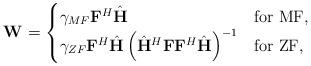
LaTeX: \begin{align*}{\bf W}=\begin{cases}\gamma_{MF} {\bf F}^H \hat{\bf H} & {\rm for~MF},\\\gamma_{ZF} {\bf F}^H \hat{\bf H} \left(\hat{\bf H}^H{\bf F}{\bf F}^H \hat{\bf H}\right)^{-1}& {\rm for~ZF},\end{cases}\end{align*}